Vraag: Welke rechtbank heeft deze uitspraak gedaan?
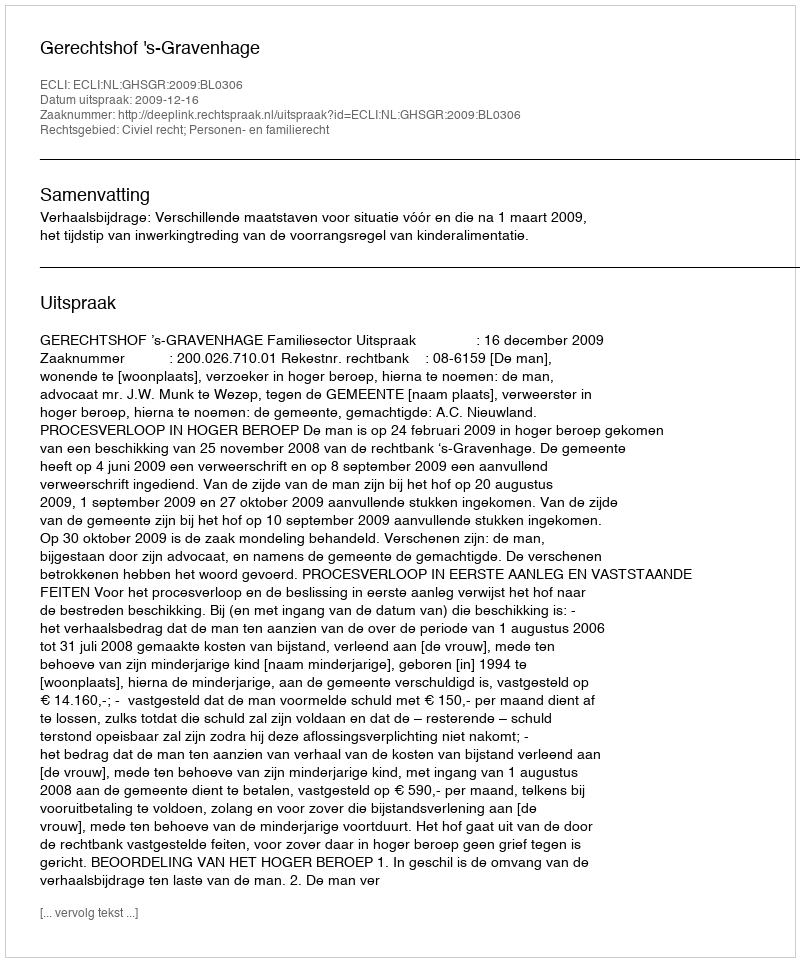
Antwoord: Gerechtshof 's-Gravenhage